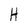
Character: H